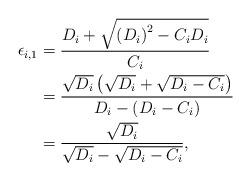
LaTeX: \begin{align*}\epsilon_{i,1} &= \frac{{{D_i} + \sqrt {{{\left( {{D_i}} \right)}^2} - {C_i}{D_i}} }}{{{C_i}}}\\ &= \frac{{\sqrt {{D_i}} \left( {\sqrt {{D_i}} + \sqrt {{D_i} - {C_i}} } \right)}}{{{D_i} - \left( {{D_i} - {C_i}} \right)}}\\ &= \frac{{\sqrt {{D_i}} }}{{\sqrt {{D_i}} - \sqrt {{D_i} - {C_i}} }}, \end{align*}